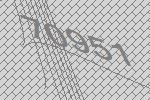
70951